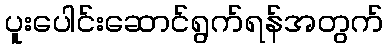
ပူးပေါင်းဆောင်ရွက်ရန်အတွက်